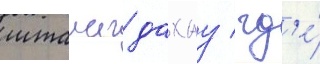
шталаг дахау / гд'е́